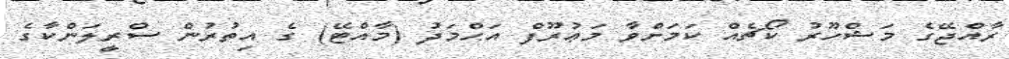
ރާއްޖޭގެ މަޝްހޫރު ކޯޗެއް ކަމަށްވާ މަޢުރޫފް އަޙްމަދު (މާއްޓޭ) ގެ އިތުރުން ސްރީލަންކާގެ